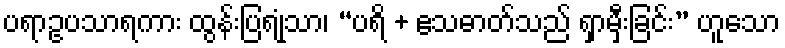
ပရာဥပသာရကား ထွန်းပြရုံသာ၊ “ပရိ + ဧသဓာတ်သည် ရှာမှီးခြင်း” ဟူသော